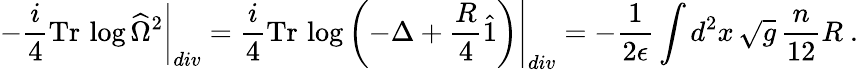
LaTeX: -\left.\frac{i}{4}\mathrm{Tr}\, \log\widehat{\Omega}^{2}\right|_{div}=\left.\frac{i}{4}\mathrm{Tr}\, \log\left(-\Delta+{\frac{R}{4}}\hat{1}\right)\right|_{div}=-{\frac{1}{2\epsilon}}\int d^{2}x\, \sqrt{g}\, {\frac{n}{12}}R\ .